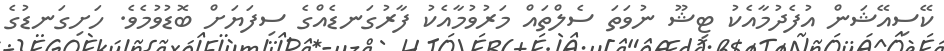
ކޭސިއޭޝަން އުފެދުމާއެކު ޓިޝޫ ނުވަތަ ސެލްތައް މަރުވުމާއެކު ފާރުގަނޑެއްގެ ސިފަޔަށް ބޮޑުވުމެވެ. ހަށިގަނޑުގެ